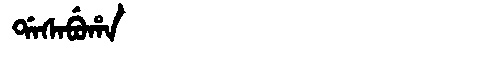
Manchu: ᡩᠠᠰᠠᠪᡠᡥᠠ
Romanization: DASABUHA